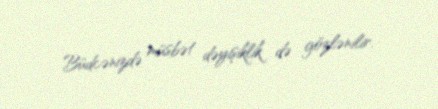
Büdcənizdə müsbət dəyişiklik də gözlənilir.